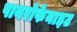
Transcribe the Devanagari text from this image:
पायरोफेनाइट